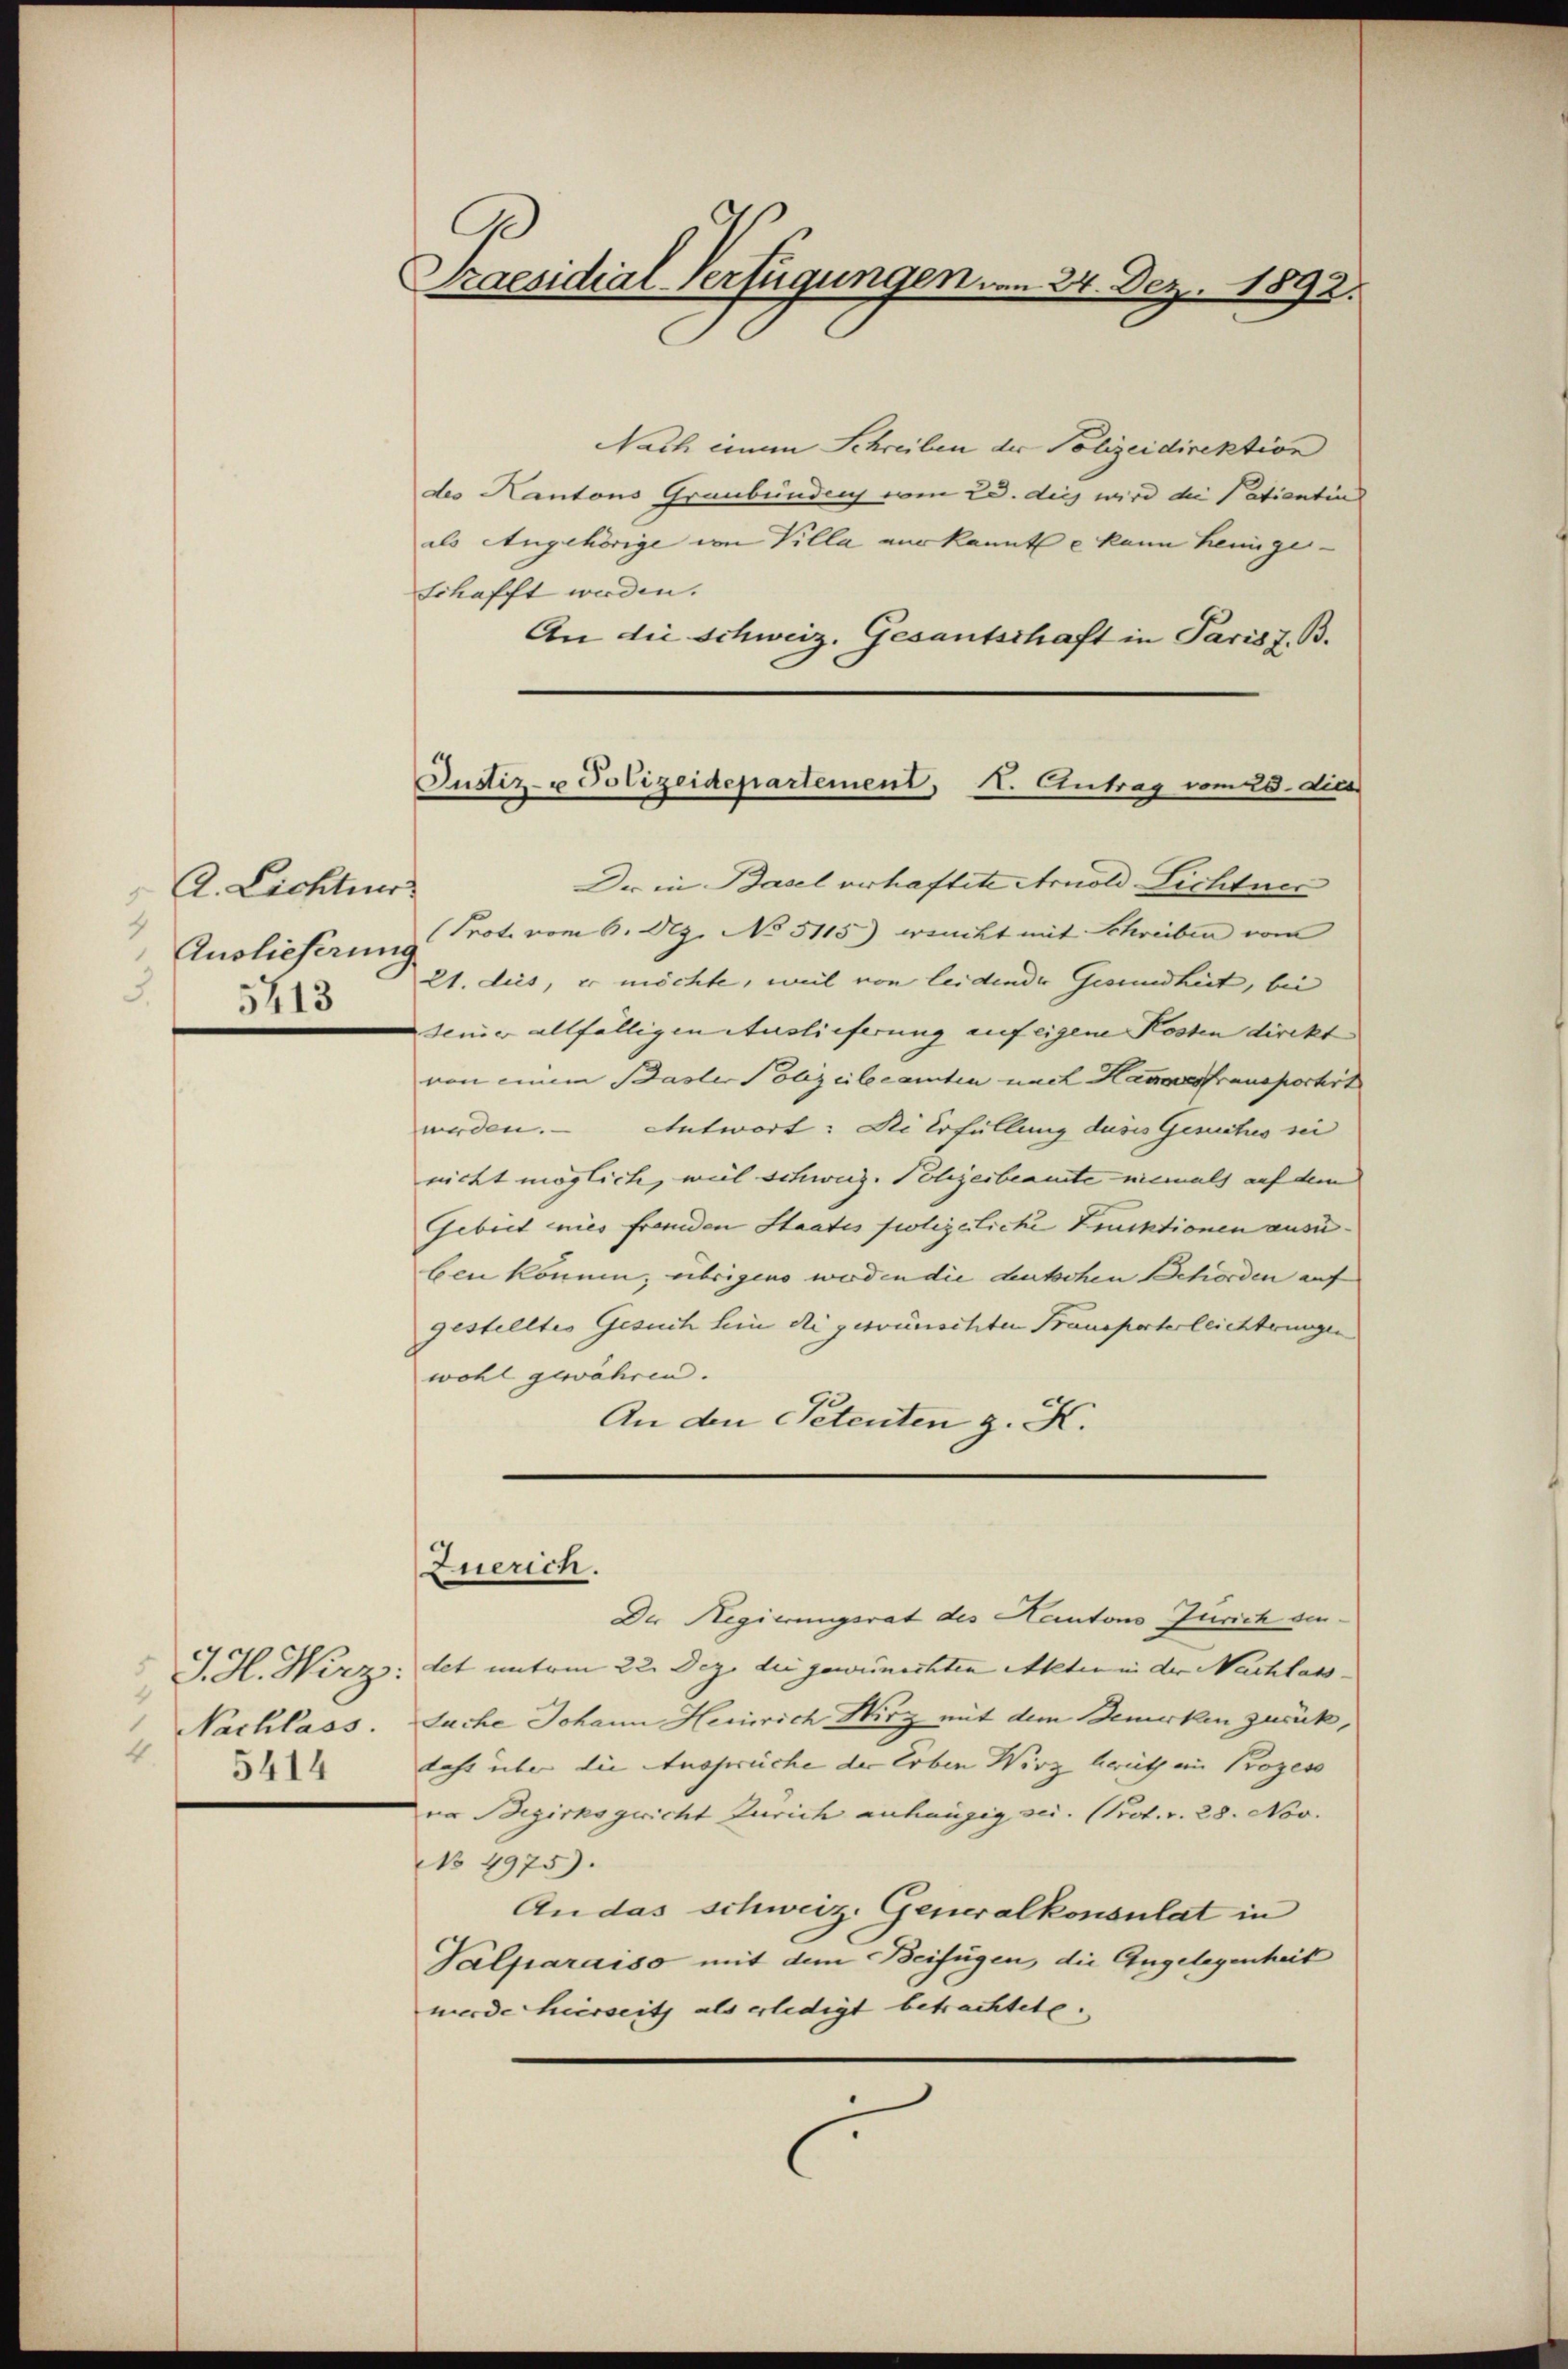
A. Lichter
Auslieferung
5413

4
Nachlass.
4.
5414

Praesidial-Verfügungen. am 24. Dez. 1892.

Nach einem Schreiben der Polizeidirektion
des Kantons Graubünden von 20. dies wird die Patientin
als Angehörige von Villa verkannte kann heimge-
schafft worden.
An die Schweiz. Gesantschaft in Paris z. B.
Der in Basel verhaftete Arnold-Lichtner
Prot. vom 6. Dez. No 5115) wenckt mit Schreiben vom
21. dies, er möchte, weil von leidender Gesundheit, bei
demier allfälligen Auslieferung auf eigene Kosten direkt |
von einem Basler Polizeiberamten nach Hauses fransportit
werden. Antwort: Die Erfüllung deses Gesuches sei
nicht möglich, weil schweiz. Polizeibeamte niemals auf dem
Gebiet wies franden Staates polizeiliche Druktionen ausben können; übrigen worden die deutschen Behörden auf
gestelltes Gesuch hin die gewünschten Transporterleichterungen
wohl gewähren.
An den Petenten z. K.

Justiz- u Polizeidepartement, I. Antrag vom 28. dies

Zuerich.

Der Regierungsrat des Kantons Zürich den¬
J. H. Wirz: det unterm 22. Dez. die gewünschten Akten in der Nachlass- |
Suche Johann Heinrich Wirz mit dem Bemerken zurück,
Last über die Ansprüche der Erben Wirz brüth an Prozess
na Bezirksgericht Zürich anhängig sei. (Prot. v. 28. Nov.
No 4975).
An das schweiz. Generalkonsulat in
Valparaiso mit dem Beifügen, die Angelegenheit
werde hierseits als erledigt betrachtete.